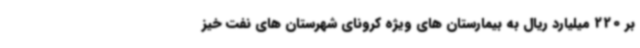
بر 220 میلیارد ریال به بیمارستان های ویژه کرونای شهرستان های نفت خیز